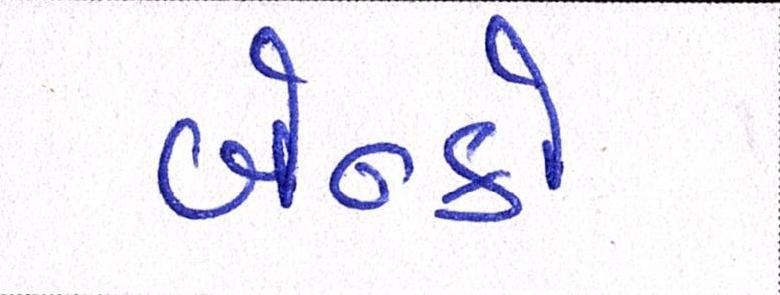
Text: બેન્કો